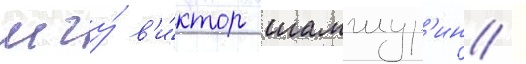
мгу́ в'и́ктор шамшур'ин /